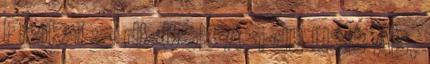
Fizikai :2 db USB A, 1 db USB AB,